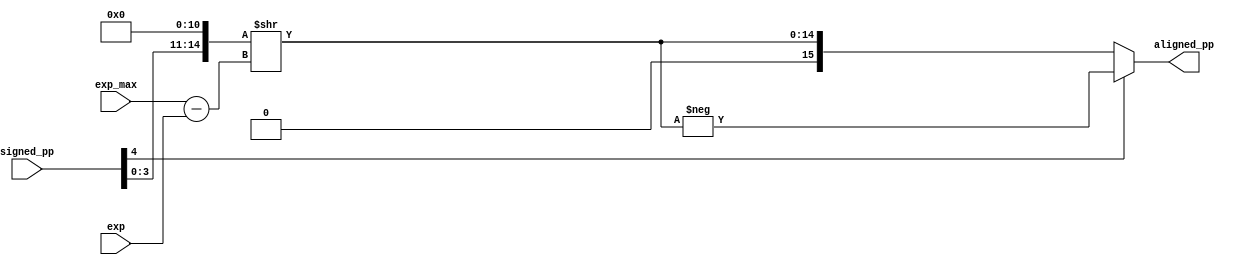
module alignment (input signed [4:0] exp, exp_max, signed_pp, 
                  output reg signed [15:0] aligned_pp);
    reg signed [4:0] exp_diff;
    reg [14:0] pp_shifted;
    reg [15:0] temp;

    always @ (exp or exp_max or signed_pp) begin
        exp_diff = exp_max - exp;
        pp_shifted = {signed_pp[3:0], 11'b0} >> exp_diff;
        if (signed_pp[4]) begin
            // temp = 16'b1000000000000000;
            // temp = temp - pp_shifted;
            // aligned_pp = {signed_pp[4], temp[14:0]};
            aligned_pp = -pp_shifted;
        end        
        else aligned_pp = {signed_pp[4], pp_shifted};
    end    
endmodule